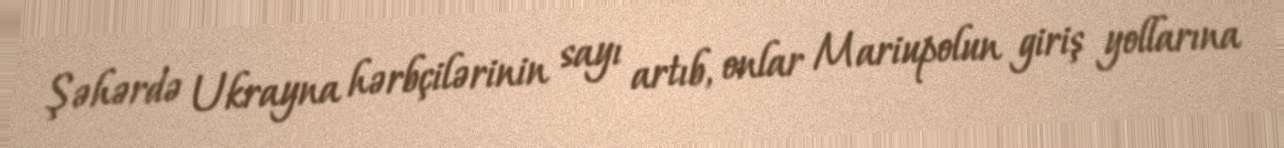
Şəhərdə Ukrayna hərbçilərinin sayı artıb, onlar Mariupolun giriş yollarına